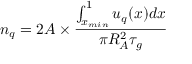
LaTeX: n _ { q } = 2 A \times \frac { \int _ { x _ { m i n } } ^ { 1 } u _ { q } ( x ) d x } { \pi R _ { A } ^ { 2 } \tau _ { g } }